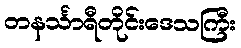
တနင်္သာရီတိုင်းဒေသကြီး